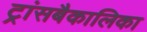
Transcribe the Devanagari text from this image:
ट्रांसबैकालिका